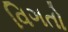
વિગતો